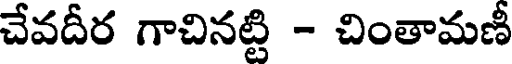
చేవదీర గాచినట్టి - చింతామణీ